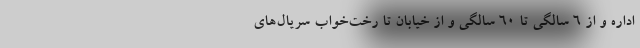
اداره و از 6 سالگی تا 60 سالگی و از خیابان تا رخت‌خواب سریال‌های